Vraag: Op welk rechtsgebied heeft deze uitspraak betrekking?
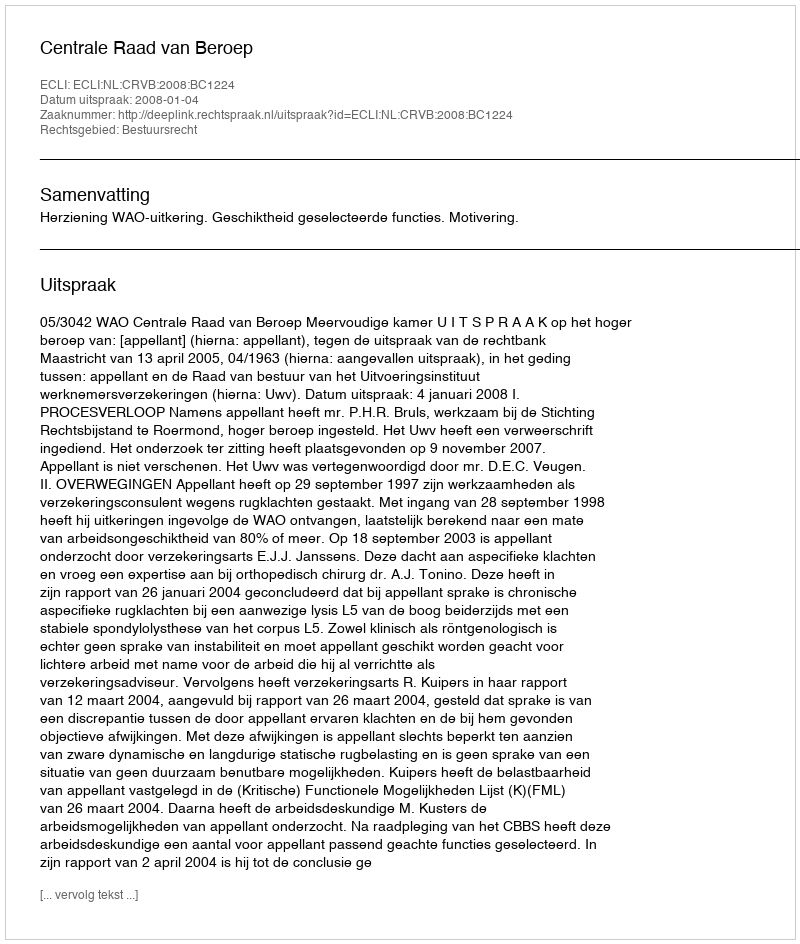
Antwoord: Bestuursrecht